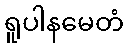
ရူပါနမေတံ